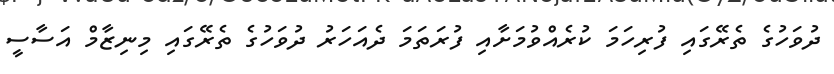
ދުވަހުގެ ތެރޭގައި ފުރިހަމަ ކުރެއްވުމަށާއި ފުރަތަމަ ދެއަހަރު ދުވަހުގެ ތެރޭގައި މިނިޒާމް އަސާސީ